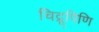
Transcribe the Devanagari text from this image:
चिद्रूपिणि